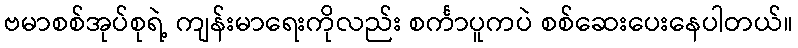
ဗမာစစ်အုပ်စုရဲ့ ကျန်းမာရေးကိုလည်း စင်္ကာပူကပဲ စစ်ဆေးပေးနေပါတယ်။